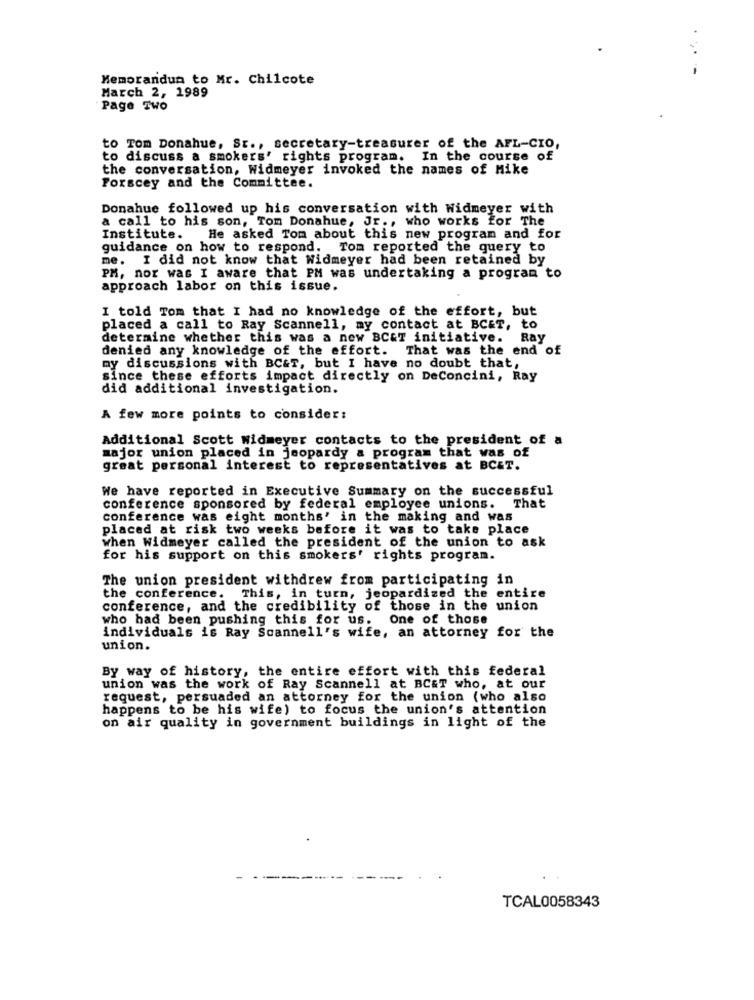
Memorandum to Mr. Chilcote
March 2, 1989
Page Two
to Tom Donahue, St ., secretary-treasurer of the AFL-CIO,
to discuss a smokers' rights program. In the course of
the conversation, Widmeyer invoked the names of Mike
Forscey and the Committee.
Donahue followed up his conversation with Widmeyer with
a call to his son, Tom Donahue, Jr ., who works for The
Institute. He asked Tom about this new program and for
guidance on how to respond. Tom reported the query to
me. I did not know that Widmeyer had been retained by
PM, nor was I aware that PM was undertaking a program to
approach labor on this issue.
I told Tom that I had no knowledge of the effort, but
placed a call to Ray Scannell, my contact at BCET, to
determine whether this was a new BC&T initiative.
Ray
denied any knowledge of the effort. That was the end of
my discussions with BC&T, but I have no doubt that,
since these efforts impact directly on DeConcini, Ray
did additional investigation.
A few more points to consider:
Additional Scott Widmeyer contacts to the president of a
major union placed in jeopardy a program that was of
great personal interest to representatives at BCET.
We have reported in Executive Summary on the successful
conference sponsored by federal employee unions. That
conference was eight months' in the making and was
placed at risk two weeks before it was to take place
when Widmeyer called the president of the union to ask
for his support on this smokers' rights program.
The union president withdrew from participating in
the conference. This, in turn, jeopardized the entire
conference, and the credibility of those in the union
who had been pushing this for us. One of those
individuals is Ray Scannell's wife, an attorney for the
union.
By way of history, the entire effort with this federal
union was the work of Ray Scannell at BCET who, at our
request, persuaded an attorney for the union (who also
happens to be his wife) to focus the union's attention
on air quality in government buildings in light of the
TCAL0058343